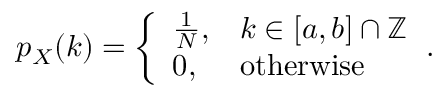
p _ { X } ( k ) = { \left\{ \begin{array} { l l } { { \frac { 1 } { N } } , } & { k \in [ a , b ] \cap \mathbb { Z } } \\ { 0 , } & { { \mathrm { o t h e r w i s e } } } \end{array} \right. } .